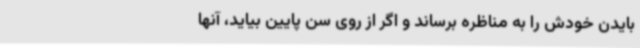
بایدن خودش را به مناظره برساند و اگر از روی سن پایین بیاید، آنها